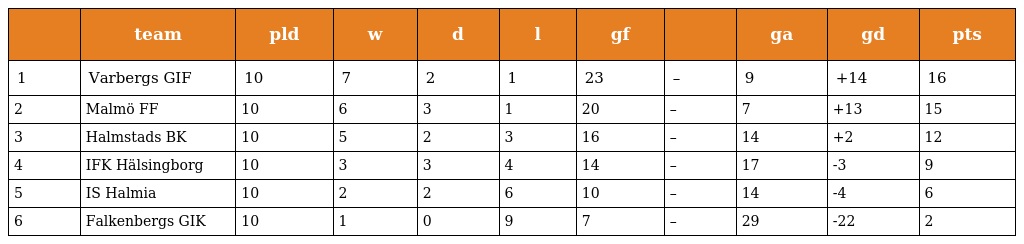
|  | team | pld | w | d | l | gf |  | ga | gd | pts |
 | --- | --- | --- | --- | --- | --- | --- | --- | --- | --- | --- |
 | 1 | Varbergs GIF | 10 | 7 | 2 | 1 | 23 | – | 9 | +14 | 16 |
 | 2 | Malmö FF | 10 | 6 | 3 | 1 | 20 | – | 7 | +13 | 15 |
 | 3 | Halmstads BK | 10 | 5 | 2 | 3 | 16 | – | 14 | +2 | 12 |
 | 4 | IFK Hälsingborg | 10 | 3 | 3 | 4 | 14 | – | 17 | -3 | 9 |
 | 5 | IS Halmia | 10 | 2 | 2 | 6 | 10 | – | 14 | -4 | 6 |
 | 6 | Falkenbergs GIK | 10 | 1 | 0 | 9 | 7 | – | 29 | -22 | 2 |